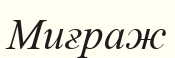
Миғраж